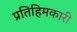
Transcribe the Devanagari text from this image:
प्रतिहिमकारी